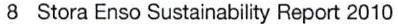
8  Stora Enso Sustainability Report 2010